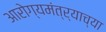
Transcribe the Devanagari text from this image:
आरोग्यमंत्र्याच्या